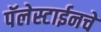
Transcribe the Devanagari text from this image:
पॅलेस्टाईनचे